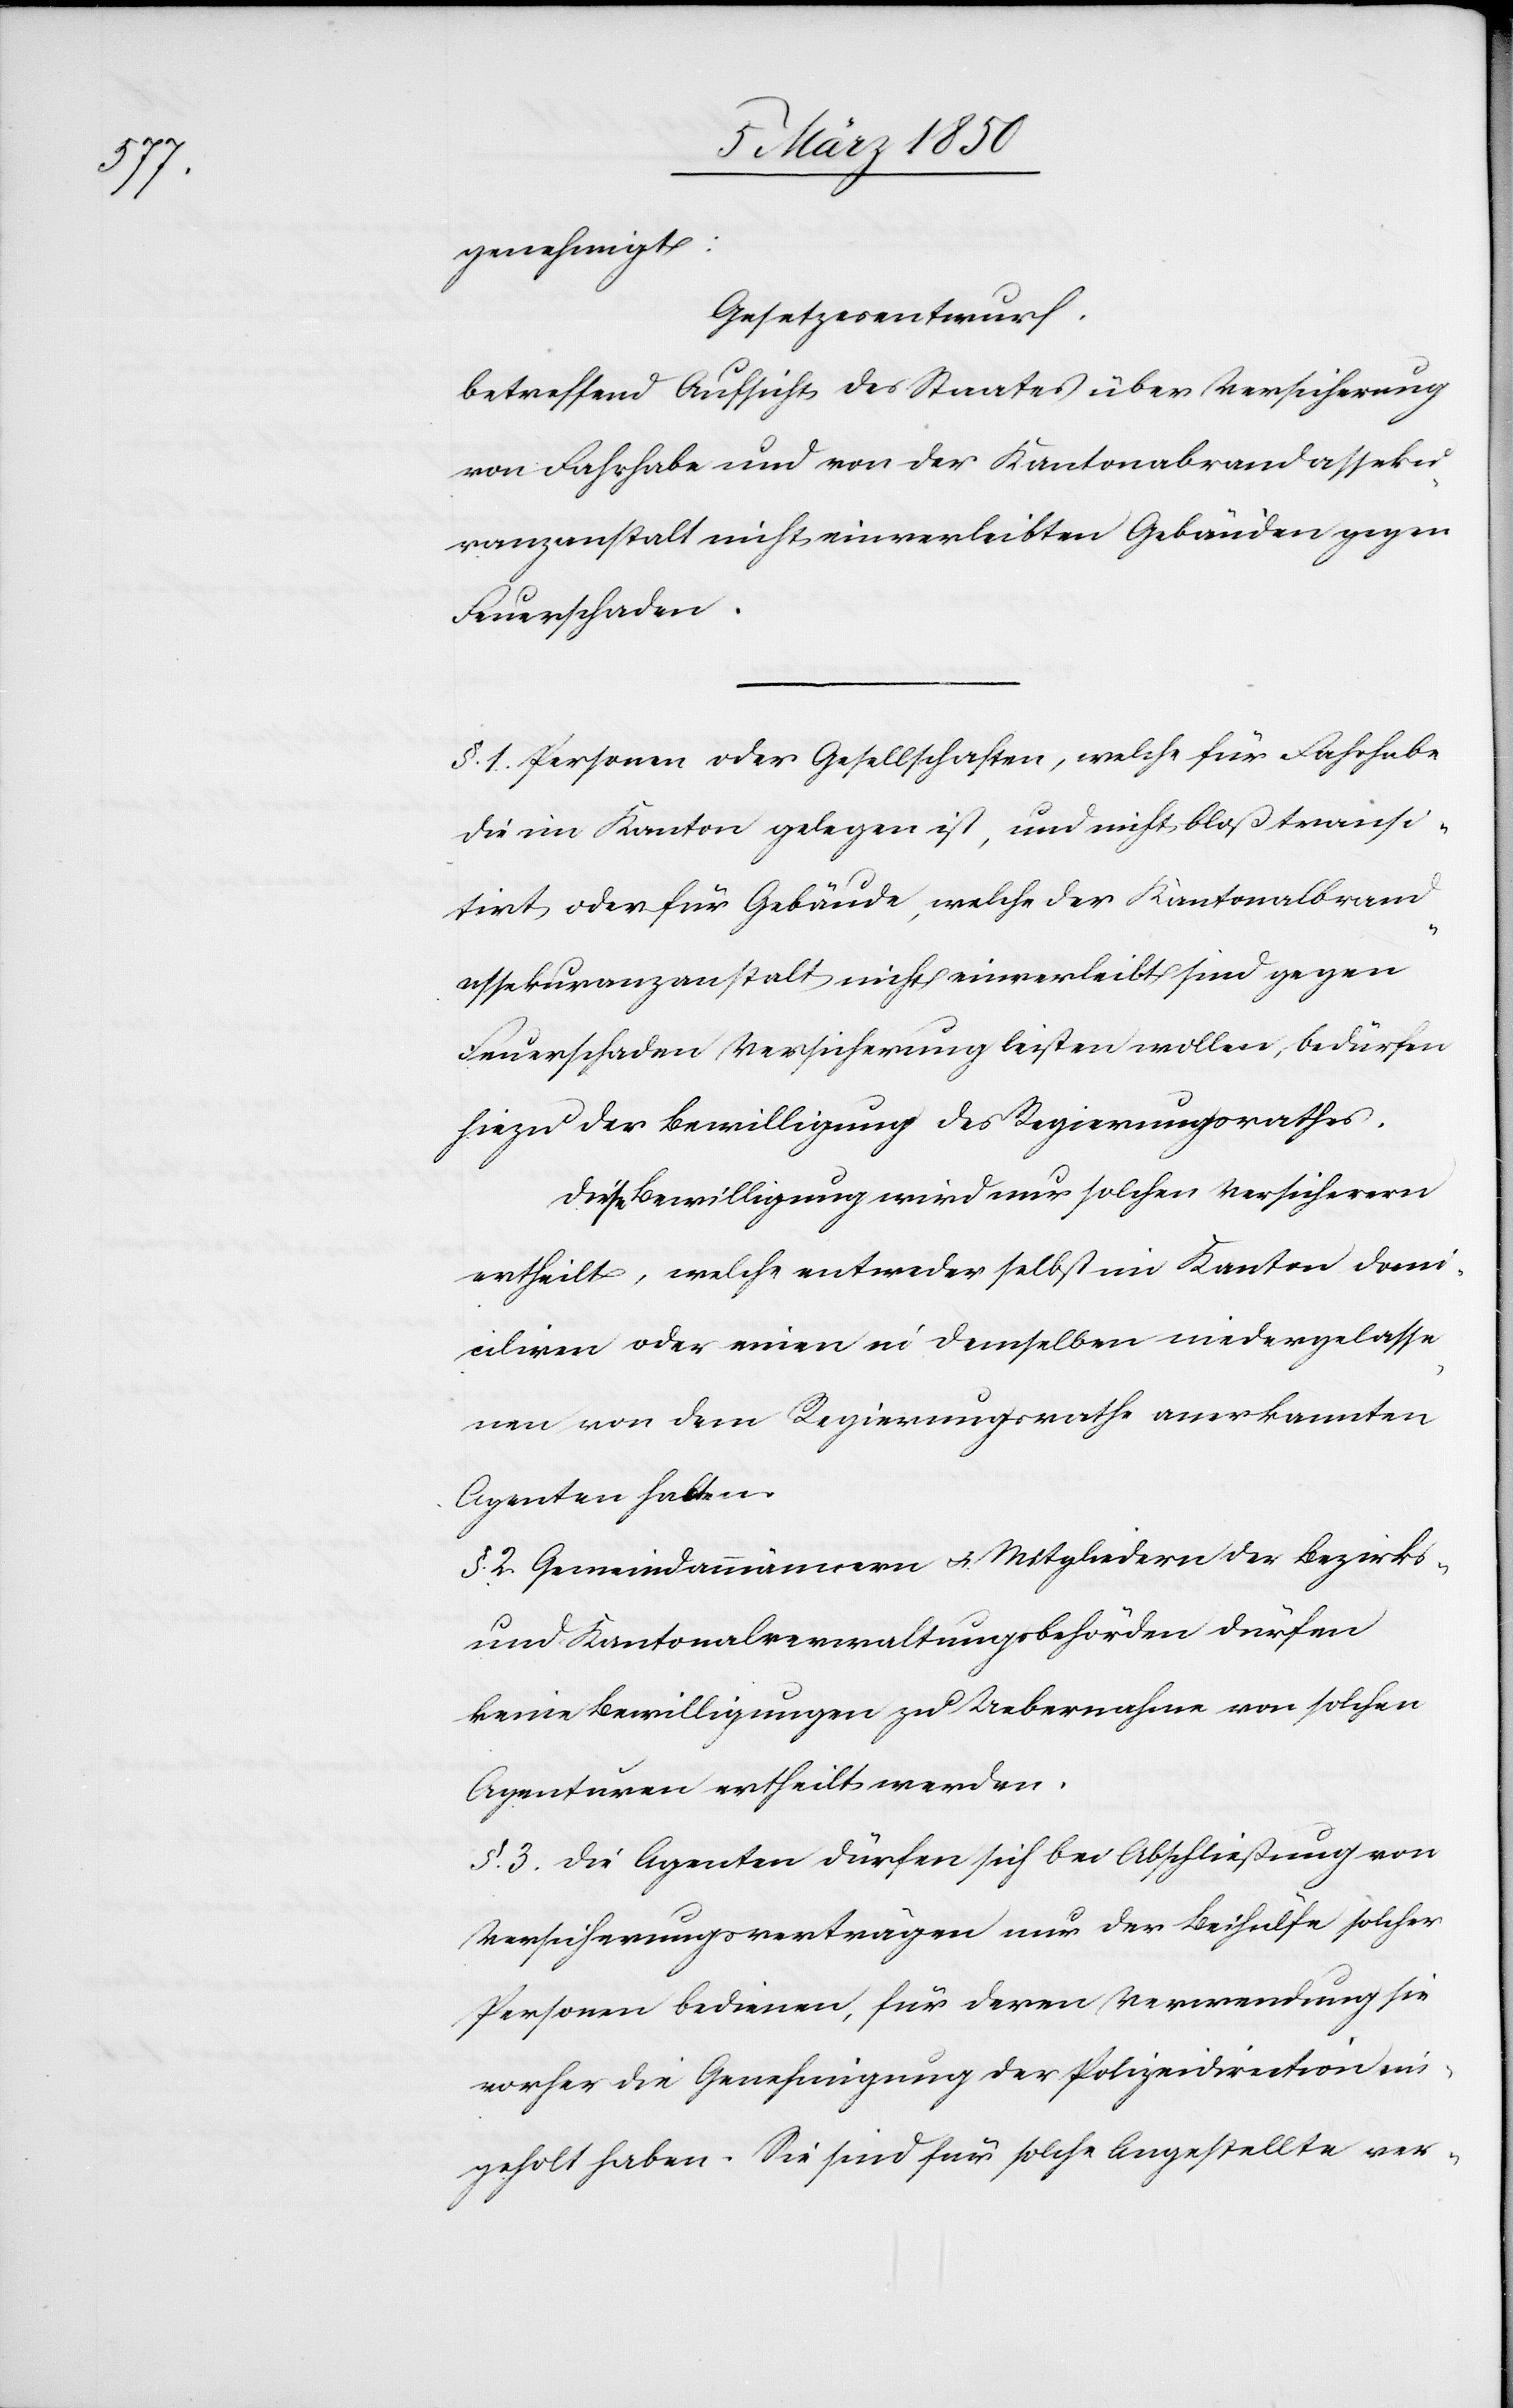
genehmigt:
Gesetzesentwurf.
betreffend Aufsicht des Staates über Versicherung
von Fahrhabe und von der Kantonalbrandasseku¬
ranzanstalt nicht einverleibten Gebäuden gegen
Feuerschaden.
§. 1. Personen oder Gesellschaften, welche für Fahrhabe
die im Kanton gelegen ist, und nicht bloß transi¬
tirt oder für Gebäude, welche der Kantonalbrand¬
assekuranzanstalt nicht einverleibt sind gegen
Feuerschaden Versicherung leisten wollen, bedürfen
hiezu der Bewilligung des Regierungsrathes.
Diese Bewilligung wird nur solchen Versicherern
ertheilt, welche entweder selbst im Kanton domi¬
ciliren oder einen in demselben niedergelasse¬
nen von dem Regierungsrathe anerkannten
Agenten halten.
§. 2. Gemeindammännern u. Mitgliedern der Bezirks-
und Kantonalverwaltungsbehörden dürfen
keine Bewilligungen zu Uebernahme von solchen
Agenturen ertheilt werden.
§. 3. Die Agenten dürfen sich bei Abschließung von
Versicherungsverträgen nur der Beihülfe solcher
Personen bedienen, für deren Verwendung sie
vorher die Genehmigung der Polizeidirection ein¬
geholt haben. Sie sind für solche Angestellte ver-